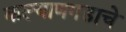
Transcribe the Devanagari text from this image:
कल्याणगडाचे